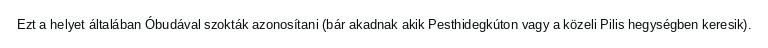
Ezt a helyet általában Óbudával szokták azonosítani (bár akadnak akik Pesthidegkúton vagy a közeli Pilis hegységben keresik).